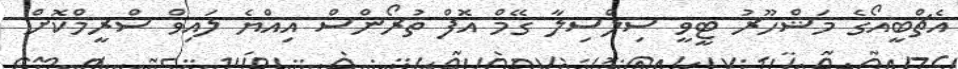
އެޗްބީއޯގެ މަޝްހޫރު ޓީވީ ސިލްސިލާ ގޭމް އޮފް ތުރޯންސް އިއްޔެ ލައިވް ސްރީމްކޮށް